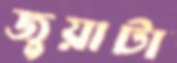
জুয়াটা